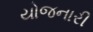
યોજનારી